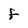
Character: F